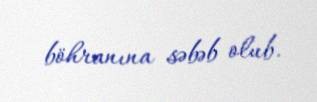
böhranına səbəb olub.